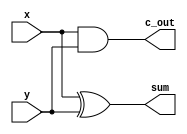
`timescale 1ns / 1ps
//////////////////////////////////////////////////////////////////////////////////
// Company: 
// Engineer: 
// 
// Design Name: 
// Module Name: half_adder_1bit
// Project Name: 
// Target Devices: 
// Tool Versions: 
// Description: 
// 
// Dependencies: 
// 
// Revision:
// Revision 0.01 - File Created
// Additional Comments:
// 
//////////////////////////////////////////////////////////////////////////////////


module half_adder_1bit( // 
    x, y,
    sum, c_out
    );

input x, y; // 
output sum, c_out; // output

xor (sum, x, y); // x y xor   sum 
and (c_out, x, y); // x y and   c_out 

endmodule